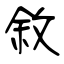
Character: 敘